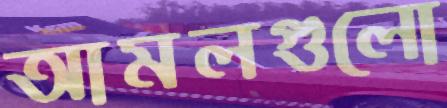
আমলগুলো